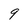
Character: 9